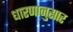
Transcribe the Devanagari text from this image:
धारणानुसार